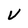
Character: V